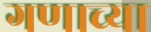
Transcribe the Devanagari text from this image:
गणाच्या